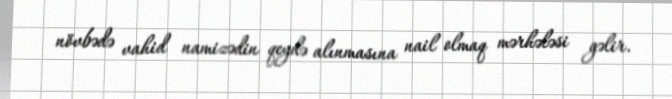
növbədə vahid namizədin qeydə alınmasına nail olmaq mərhələsi gəlir.